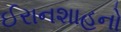
ઈરાનશાહનો